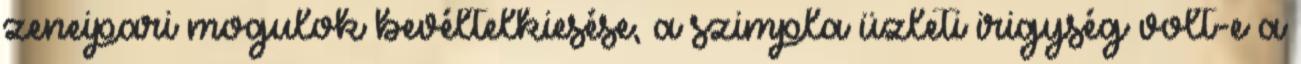
zeneipari mogulok bevéltelkiesése, a szimpla üzleti irigység volt-e a